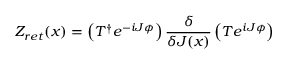
Z _ { r e t } ( x ) = \left( T ^ { \dagger } e ^ { - i J \phi } \right) \frac { \delta } { \delta J ( x ) } \left( T e ^ { i J \phi } \right)